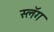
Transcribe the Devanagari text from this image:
स्लॅग